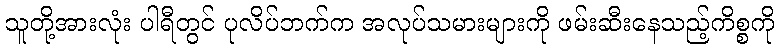
သူတို့အားလုံး ပါရီတွင် ပုလိပ်ဘက်က အလုပ်သမားများကို ဖမ်းဆီးနေသည့်ကိစ္စကို